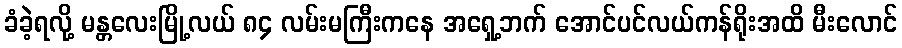
ခံခဲ့ရလို့ မန္တလေးမြို့လယ် ၈၄ လမ်းမကြီးကနေ အရှေ့ဘက် အောင်ပင်လယ်ကန်ရိုးအထိ မီးလောင်